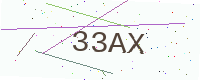
Text: 33AX